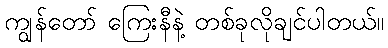
ကျွန်တော် ကြေးနီနဲ့ တစ်ခုလိုချင်ပါတယ်။